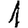
Digit: 1